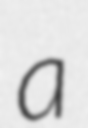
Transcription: a